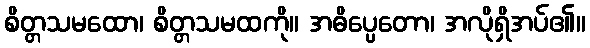
စိတ္တသမထော၊ စိတ္တသမထကို။ အဓိပ္ပေတော၊ အလိုရှိအပ်၏။